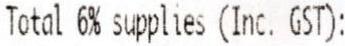
TOTAL 6% SUPPLIES (INC. GST):